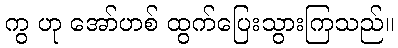
ကွ ဟု အော်ဟစ် ထွက်ပြေးသွားကြသည်။